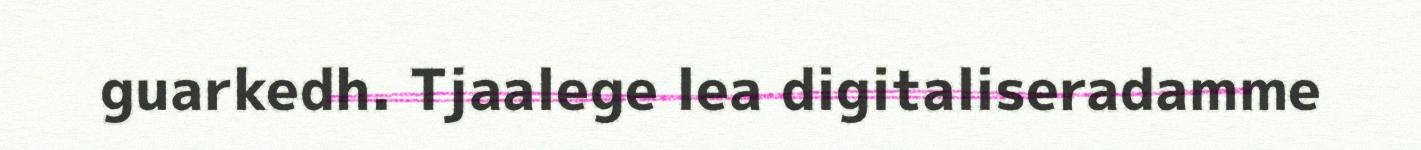
guarkedh. Tjaalege lea digitaliseradamme